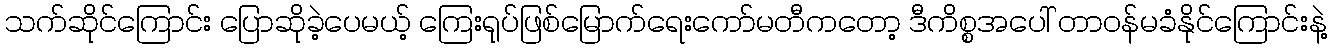
သက်ဆိုင်ကြောင်း ပြောဆိုခဲ့ပေမယ့် ကြေးရုပ်ဖြစ်မြောက်ရေးကော်မတီကတော့ ဒီကိစ္စအပေါ် တာဝန်မခံနိုင်ကြောင်းနဲ့